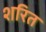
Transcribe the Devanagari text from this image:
शरित